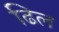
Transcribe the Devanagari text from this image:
ढिल